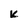
Character: K